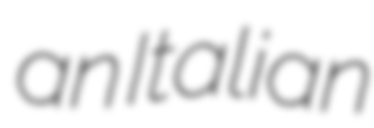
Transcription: an Italian